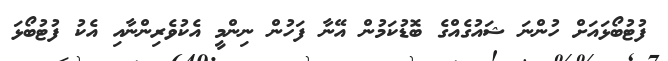
ފުޓުބޯޅައަށް ހުންނަ ޝައުގެއްގެ ބޮޑުކަމުން އޭނާ ފަހުން ނިންމީ އެކުވެރިންނާއި އެކު ފުޓުބޯޅަ